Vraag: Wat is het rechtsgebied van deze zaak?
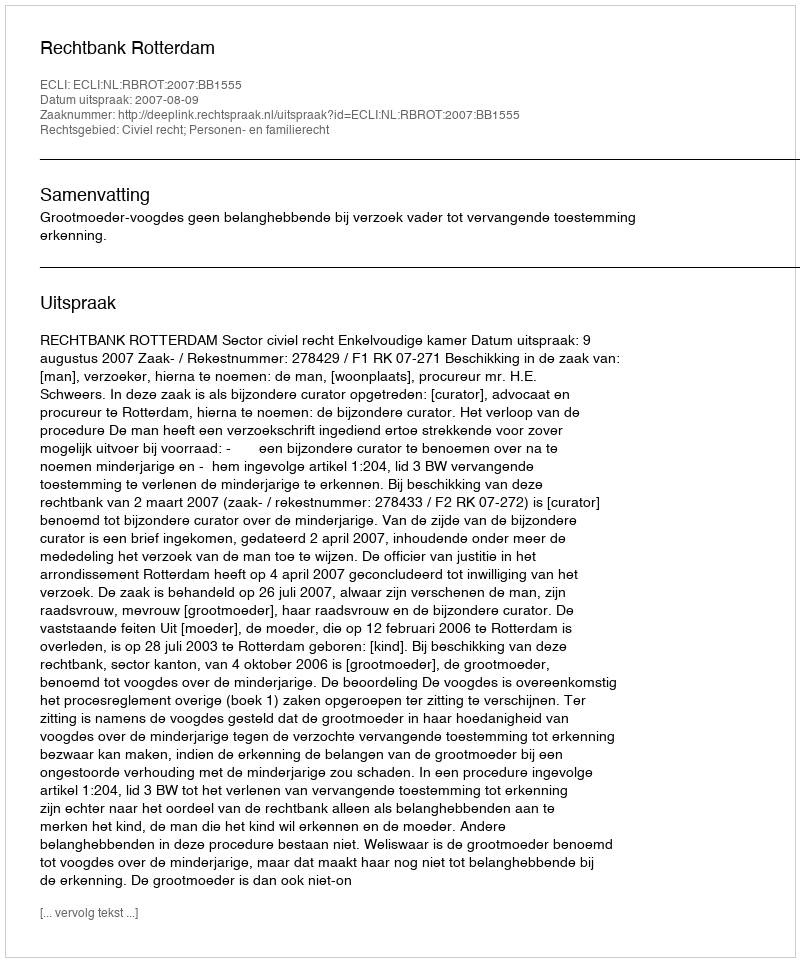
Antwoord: Civiel recht; Personen- en familierecht